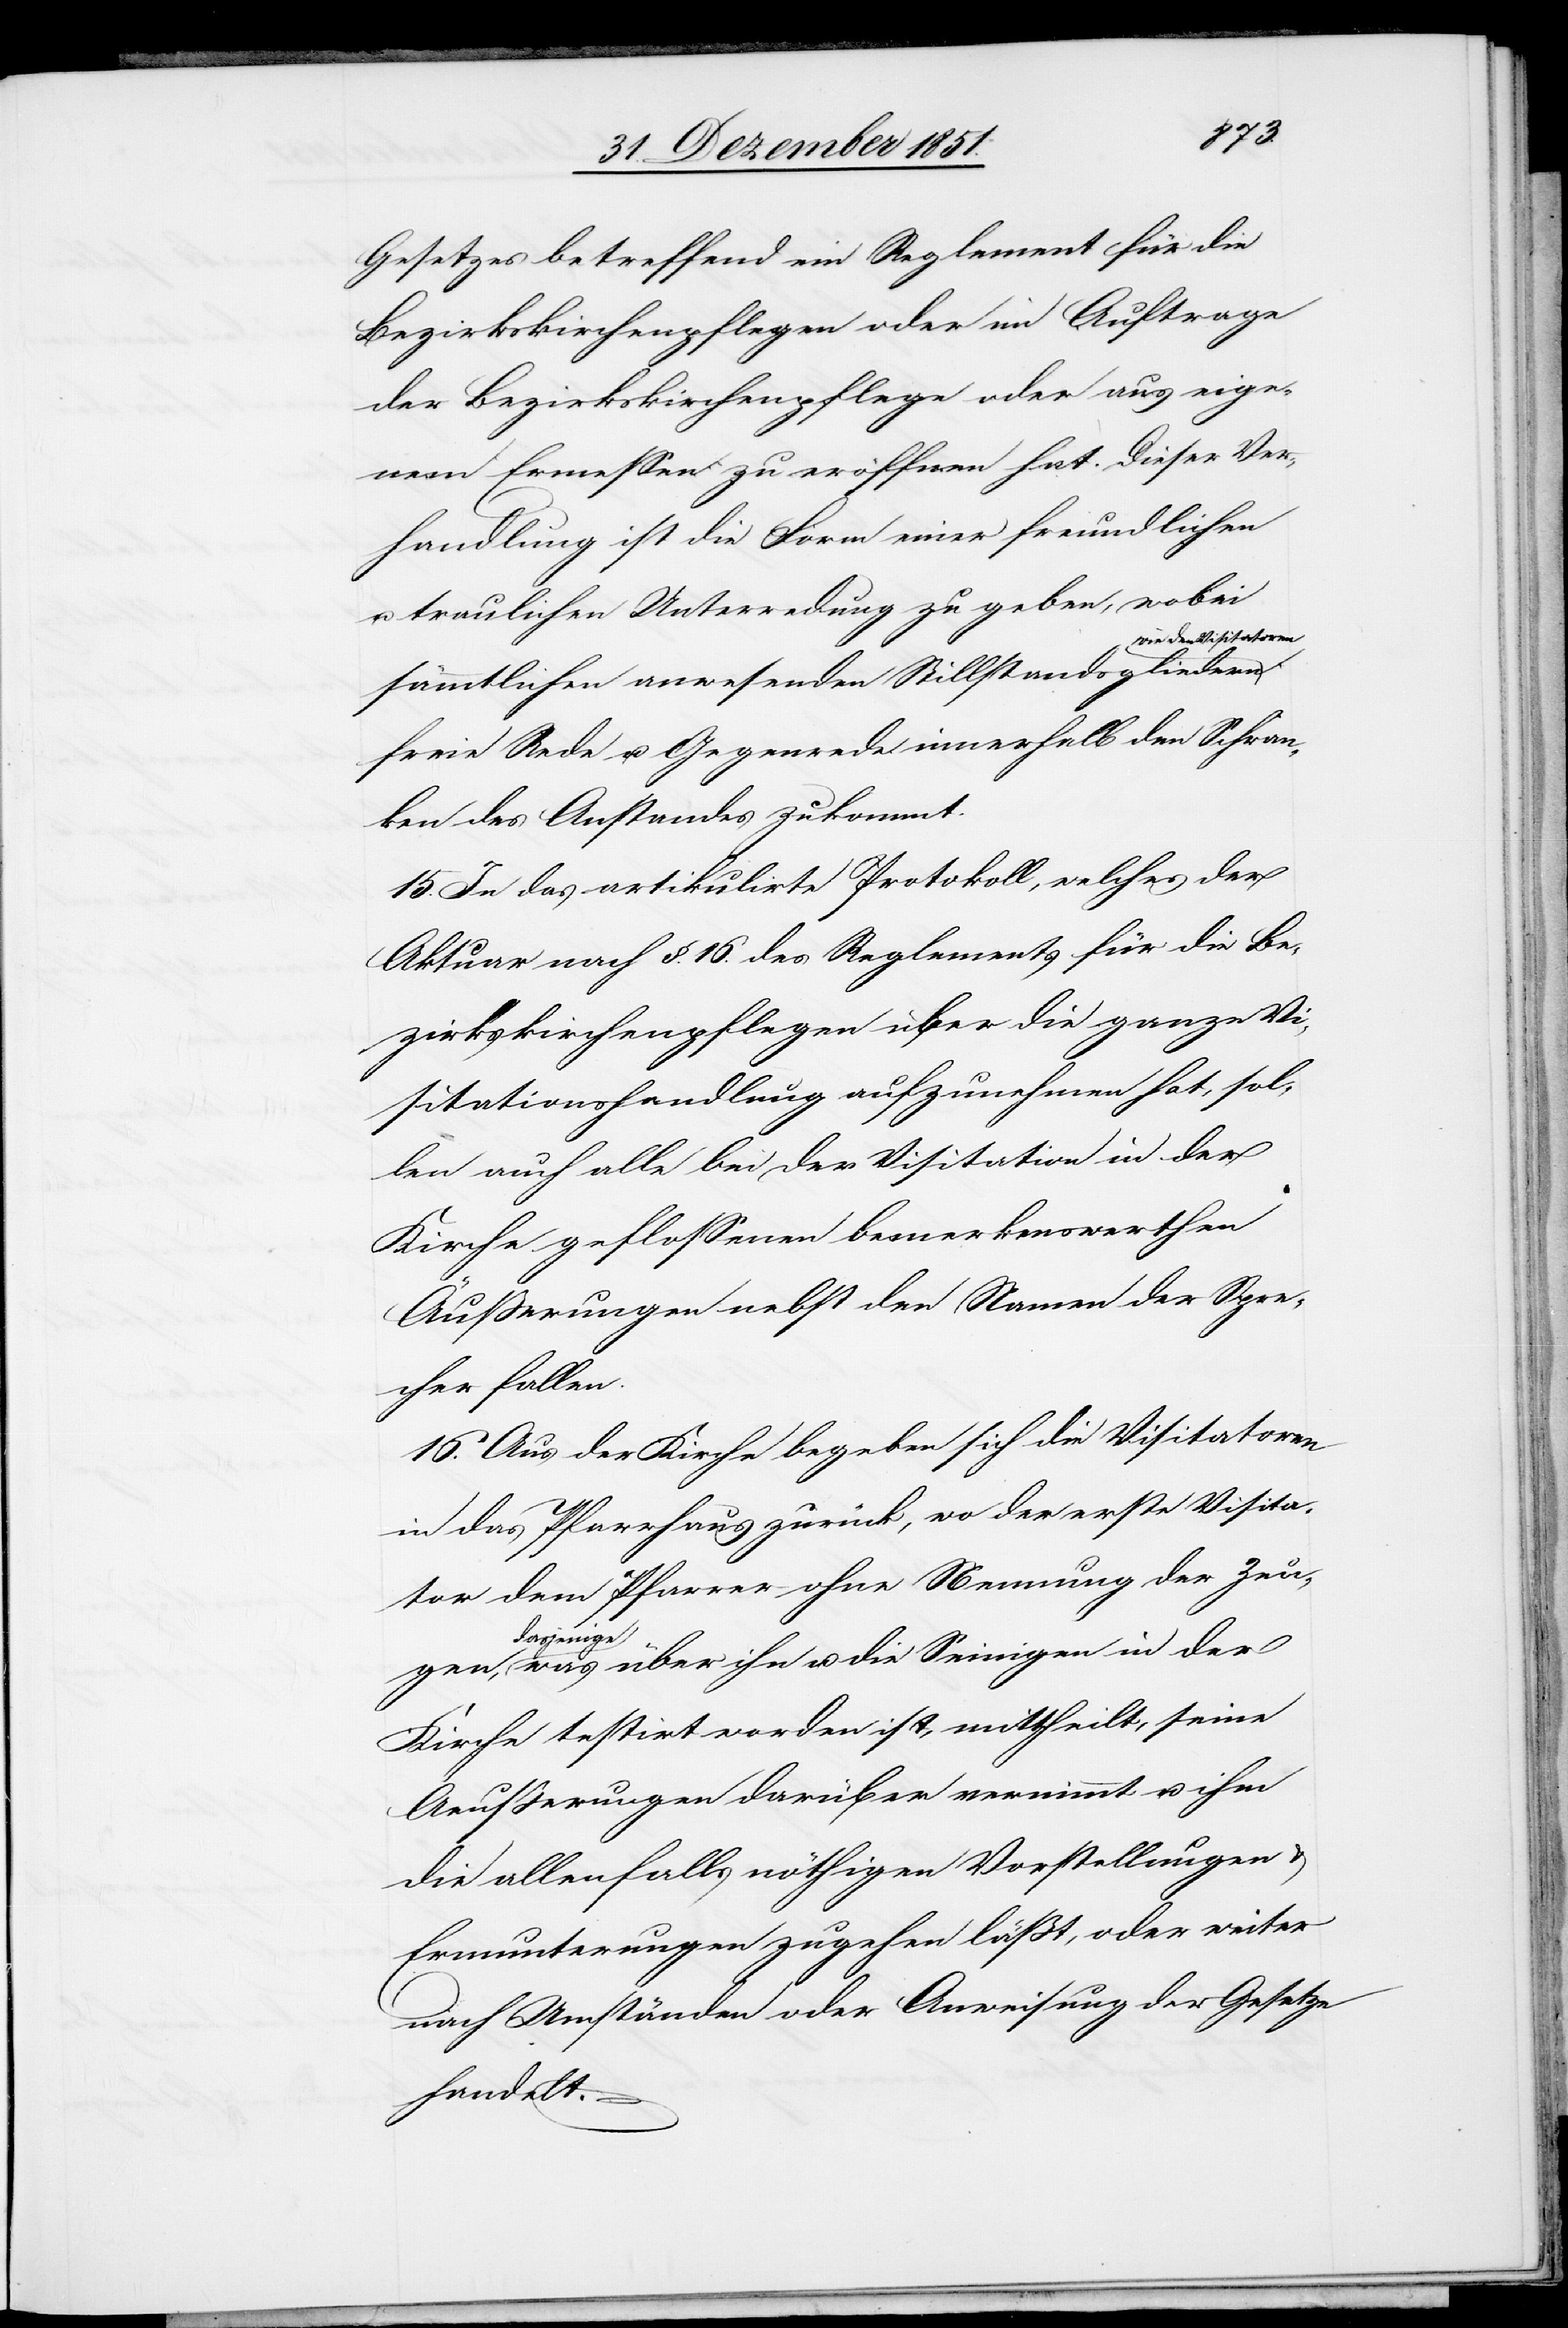
Gesetzes betreffend ein Reglement für die
Bezirkskirchenpflegen oder im Auftrage
der Bezirkskirchenpflege oder aus eige¬
nem Ermessen zu eröffnen hat. Dieser Ver¬
handlung ist die Form einer freundlichen
u. traulichen Unterredung zu geben, wobei
wie den Visitatoren
sämmtlichen anwesenden Stillstandsgliedern
freie Rede u. Gegenrede innerhalb den Schran¬
ken des Anstandes zukommt.
15. In das artikulirte Protokoll, welches der
Aktuar nach §. 16. des Reglements für die Be¬
zirkskirchenpflegen über die ganze Vi¬
sitationshandlung aufzunehmen hat, sol¬
len auch alle bei der Visitation in der
Kirche geflossenen bemerkenswerthen
Äußerungen nebst den Namen der Spre¬
gen, dasjeni¬
16. Aus der Kirche begeben sich die Visitatoren
in das Pfarrhaus zurück, wo der erste Visita¬
tor dem Pfarrer ohne Nennung der Zeu¬
ge was über ihn u. die Seinigen in der
Kirche testirt worden ist, mittheilt, seine
Aeußerungen darüber vernimmt u. ihm
die allenfalls nöthigen Vorstellungen &
Ermunterungen zugehen läßt, oder weiter
nach Umständen oder Anweisung der Gesetze
handelt.